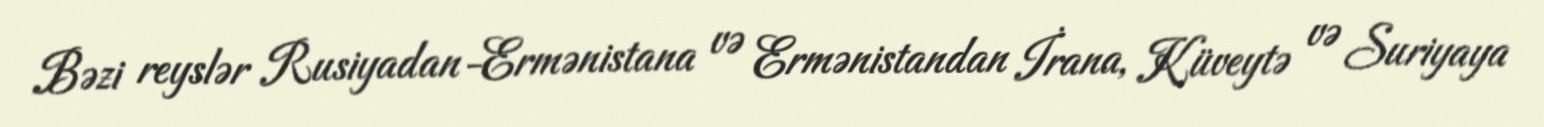
Bəzi reyslər Rusiyadan-Ermənistana və Ermənistandan İrana, Küveytə və Suriyaya